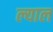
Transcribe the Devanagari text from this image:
ल्याल